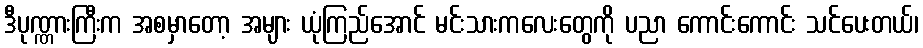
ဒီပုဏ္ဏားကြီးက အစမှာတော့ အများ ယုံကြည်အောင် မင်းသားကလေးတွေကို ပညာ ကောင်းကောင်း သင်ပေးတယ်၊